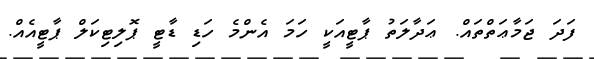
ފަދަ ޖަމާޢަތްތައް. ޢަދާލަތު ޕާޓީއަކީ ހަމަ އެންމެ ހަޑި ޑާޓީ ޕޮލިޓިކަލް ޕާޓީއެއް.